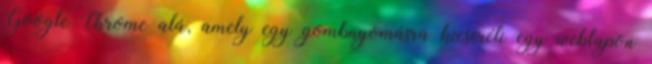
Google Chrome alá, amely egy gombnyomásra kicseréli egy weblapon